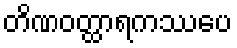
တိဏဝတ္ထာရကဿပေ